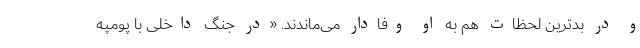
و در بدترین لحظات هم به او وفادار می‌ماندند. «در جنگ داخلی با پومپه